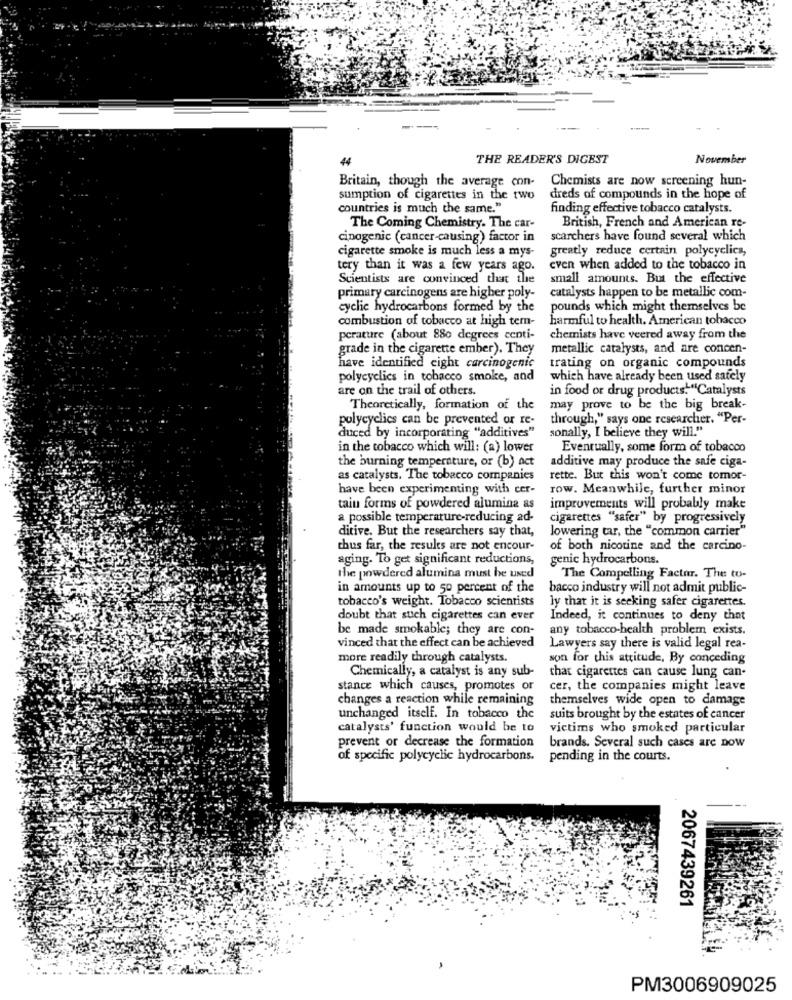
44
THE READER'S DIGEST
November
Chemists are now screening hun-
Britain, though the average con-
sumption of cigarettes in the two
dreds of compounds in the hope of
countries is much the same."
finding effective tobacco catalysts.
British, French and American re-
The Coming Chemistry. The car-
cinogenic (cancer-causing) factor in
scarchers have found several which
cigarette smoke is much less a mys-
greatly reduce certain polycyclics,
tery than it was a few years ago.
even when added to the tobacco in
Scientists are convinced that the
small amounts. But the effective
catalysts happen to be metallic com-
primary carcinogens are higher poly-
cyclic hydrocarbons formed by the
pounds which might themselves be
combustion of tobacco at high tem-
harmful to health. American tobacco
perature (about 880 degrees centi-
chemists have veered away from the
grade in the cigarette ember). They
metallic catalysts, and are concen-
have identified eight carcinogenic
trating on organic compounds
polycyclics in tobacco smoke, and
which have already been used sately
are on the trail of others.
in food or drug products."Catalysts
Theoretically, formation of the
may prove to be the big break-
polycyclics can be prevented or re-
through," says one researcher. "Per-
duced by incorporating "additives"
sonally, I believe they will."
in the tobacco which will: (a) lower
Eventually, some form of tobacco
the burning temperature, or (b) act
additive may produce the safe ciga-
as catalysts. The tobacco companies
rette. But this won't come tomor-
have been experimenting with cer-
row. Meanwhile, further minor
tain forms of powdered alumina as
improvements will probably make
a possible temperature-reducing ad-
cigarettes "safer" by progressively
ditive. But the researchers say that,
lowering tar, the "common carrier"
thus far, the results are not encour-
of both nicotine and the carcino-
aging. To get significant reductions,
genic hydrocarbons.
the powdered alumina must be used
The Compelling Factor. The to-
in amounts up to 50 percent of the
bacco industry will not admit public-
tobacco's weight. Tobacco scientists
ly that it is seeking safer cigarettes.
doubt that such cigarettes can ever
Indeed, it continues to deny that
be made smokable; they are con-
any tobacco-health problem exists.
vinced that the effect can be achieved
Lawyers say there is valid legal rea-
more readily through catalysts.
son for this attitude, By conceding
Chemically, a catalyst is any sub-
that cigarettes can cause lung can-
stance which causes, promotes or
cer, the companies might leave
changes a reaction while remaining
themselves wide open to damage
unchanged itself. In tobacco the
suits brought by the estates of cancer
catalysts' function would be to
victims who smoked particular
prevent or decrease the formation
brands. Several such cases are now
of specific polycyclic hydrocarbons.
pending in the courts.
2067439261
PM3006909025